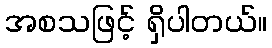
အစသဖြင့် ရှိပါတယ်။